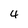
Character: 4